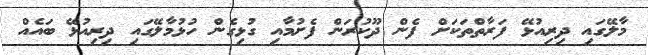
މާލޭގައި ދިރިއުޅޭ ފަރާތްތަކަށް ފެން ދޫކުރަން ފެށުމާއި ގުޅިގެން ހުޅުމާލޭގައި ދިރިއުޅޭ ބައެއް